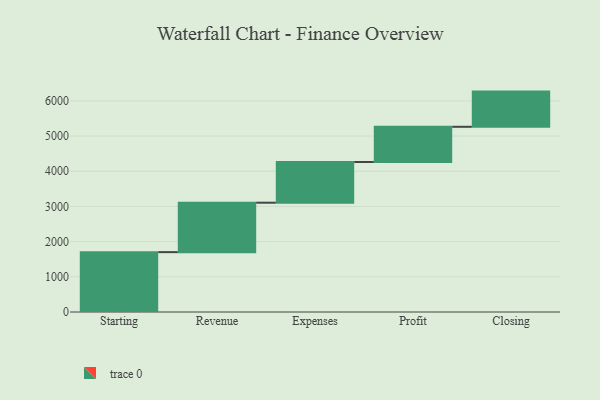
{"axis": {"x": "Step", "y": "Value"}, "legend": [""], "data": [{"x": "Starting", "y": 1701.0, "type": ""}, {"x": "Revenue", "y": 1405.0, "type": ""}, {"x": "Expenses", "y": 1157.0, "type": ""}, {"x": "Profit", "y": 1000, "type": ""}, {"x": "Closing", "y": 1000, "type": ""}]}